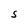
Character: S